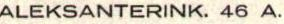
ALEKSANTERINK. 46 A.